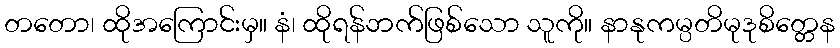
တတော၊ ထိုအကြောင်းမှ။ နံ၊ ထိုရန်ဘက်ဖြစ်သော သူကို။ နာနုကမ္ပတိမုဒုစိတ္တေန